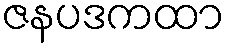
ဇနပဒကထာ